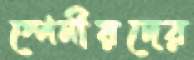
স্পেনীয়দের